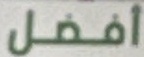
أفضل